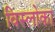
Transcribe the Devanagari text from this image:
विस्लोका